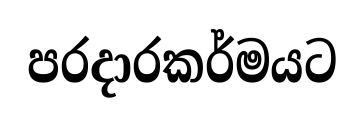
පරදාරකර්මයට